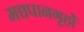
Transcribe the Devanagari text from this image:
मद्यपानगृहों